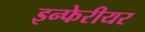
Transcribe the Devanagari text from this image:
इन्फेरीयर